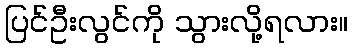
ပြင်ဦးလွင်ကို သွားလို့ရလား။